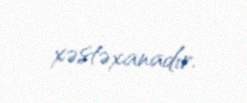
xəstəxanadır.